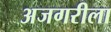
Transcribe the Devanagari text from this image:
अजगरीला